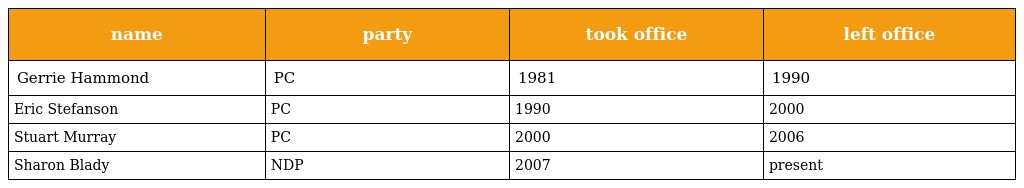
| name | party | took office | left office |
 | --- | --- | --- | --- |
 | Gerrie Hammond | PC | 1981 | 1990 |
 | Eric Stefanson | PC | 1990 | 2000 |
 | Stuart Murray | PC | 2000 | 2006 |
 | Sharon Blady | NDP | 2007 | present |